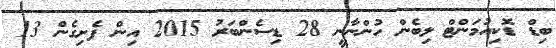
ބިޑް ޑޮކިއުމަންޓް ލިބެން ހުންނާނީ 28 ޑިސެންބަރު 2015 އިން ފެށިގެން 13